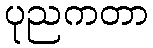
ပုညကတာ